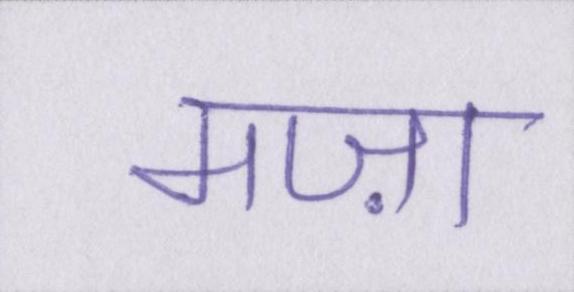
मज़ा